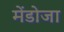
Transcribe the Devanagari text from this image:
मेंडोजा